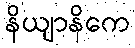
နိယျာနိကေ